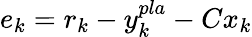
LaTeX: e_{k}=r_{k}-y_{k}^{pla}-Cx_{k}